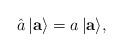
LaTeX: \begin{align*}\hat a\,|{\bf a}\rangle = a\,|{\bf a}\rangle,\end{align*}